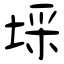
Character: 埰